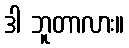
ဒါ ဘူတာလား။